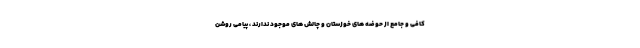
کافی و جامع از حوضه های خوزستان و چالش های موجود ندارند ، پیامی روشن